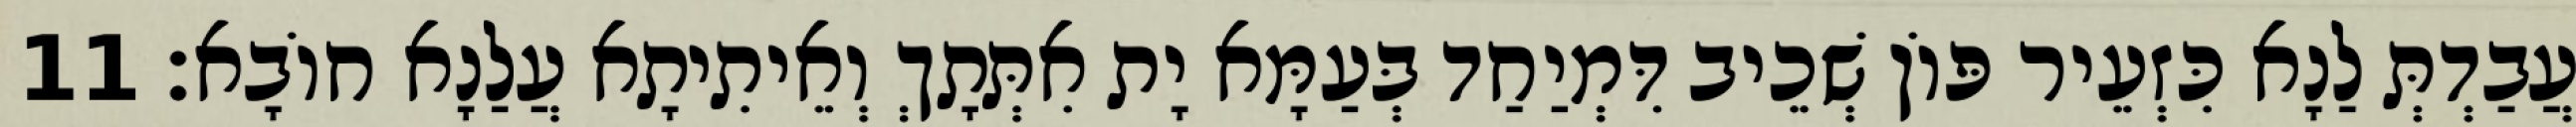
עֲבַדְתְּ לַנָא כִּזְעֵיר פּוֹן שְׁכֵיב דִּמְיַחַד בְּעַמָּא יָת אִתְּתָךְ וְאֵיתִיתָא עֲלַנָא חוֹבָא׃ 11